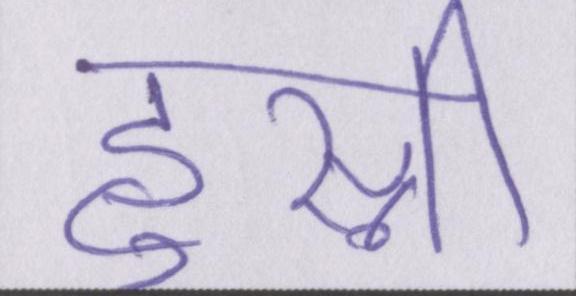
हुस्नी